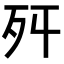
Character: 𣧒